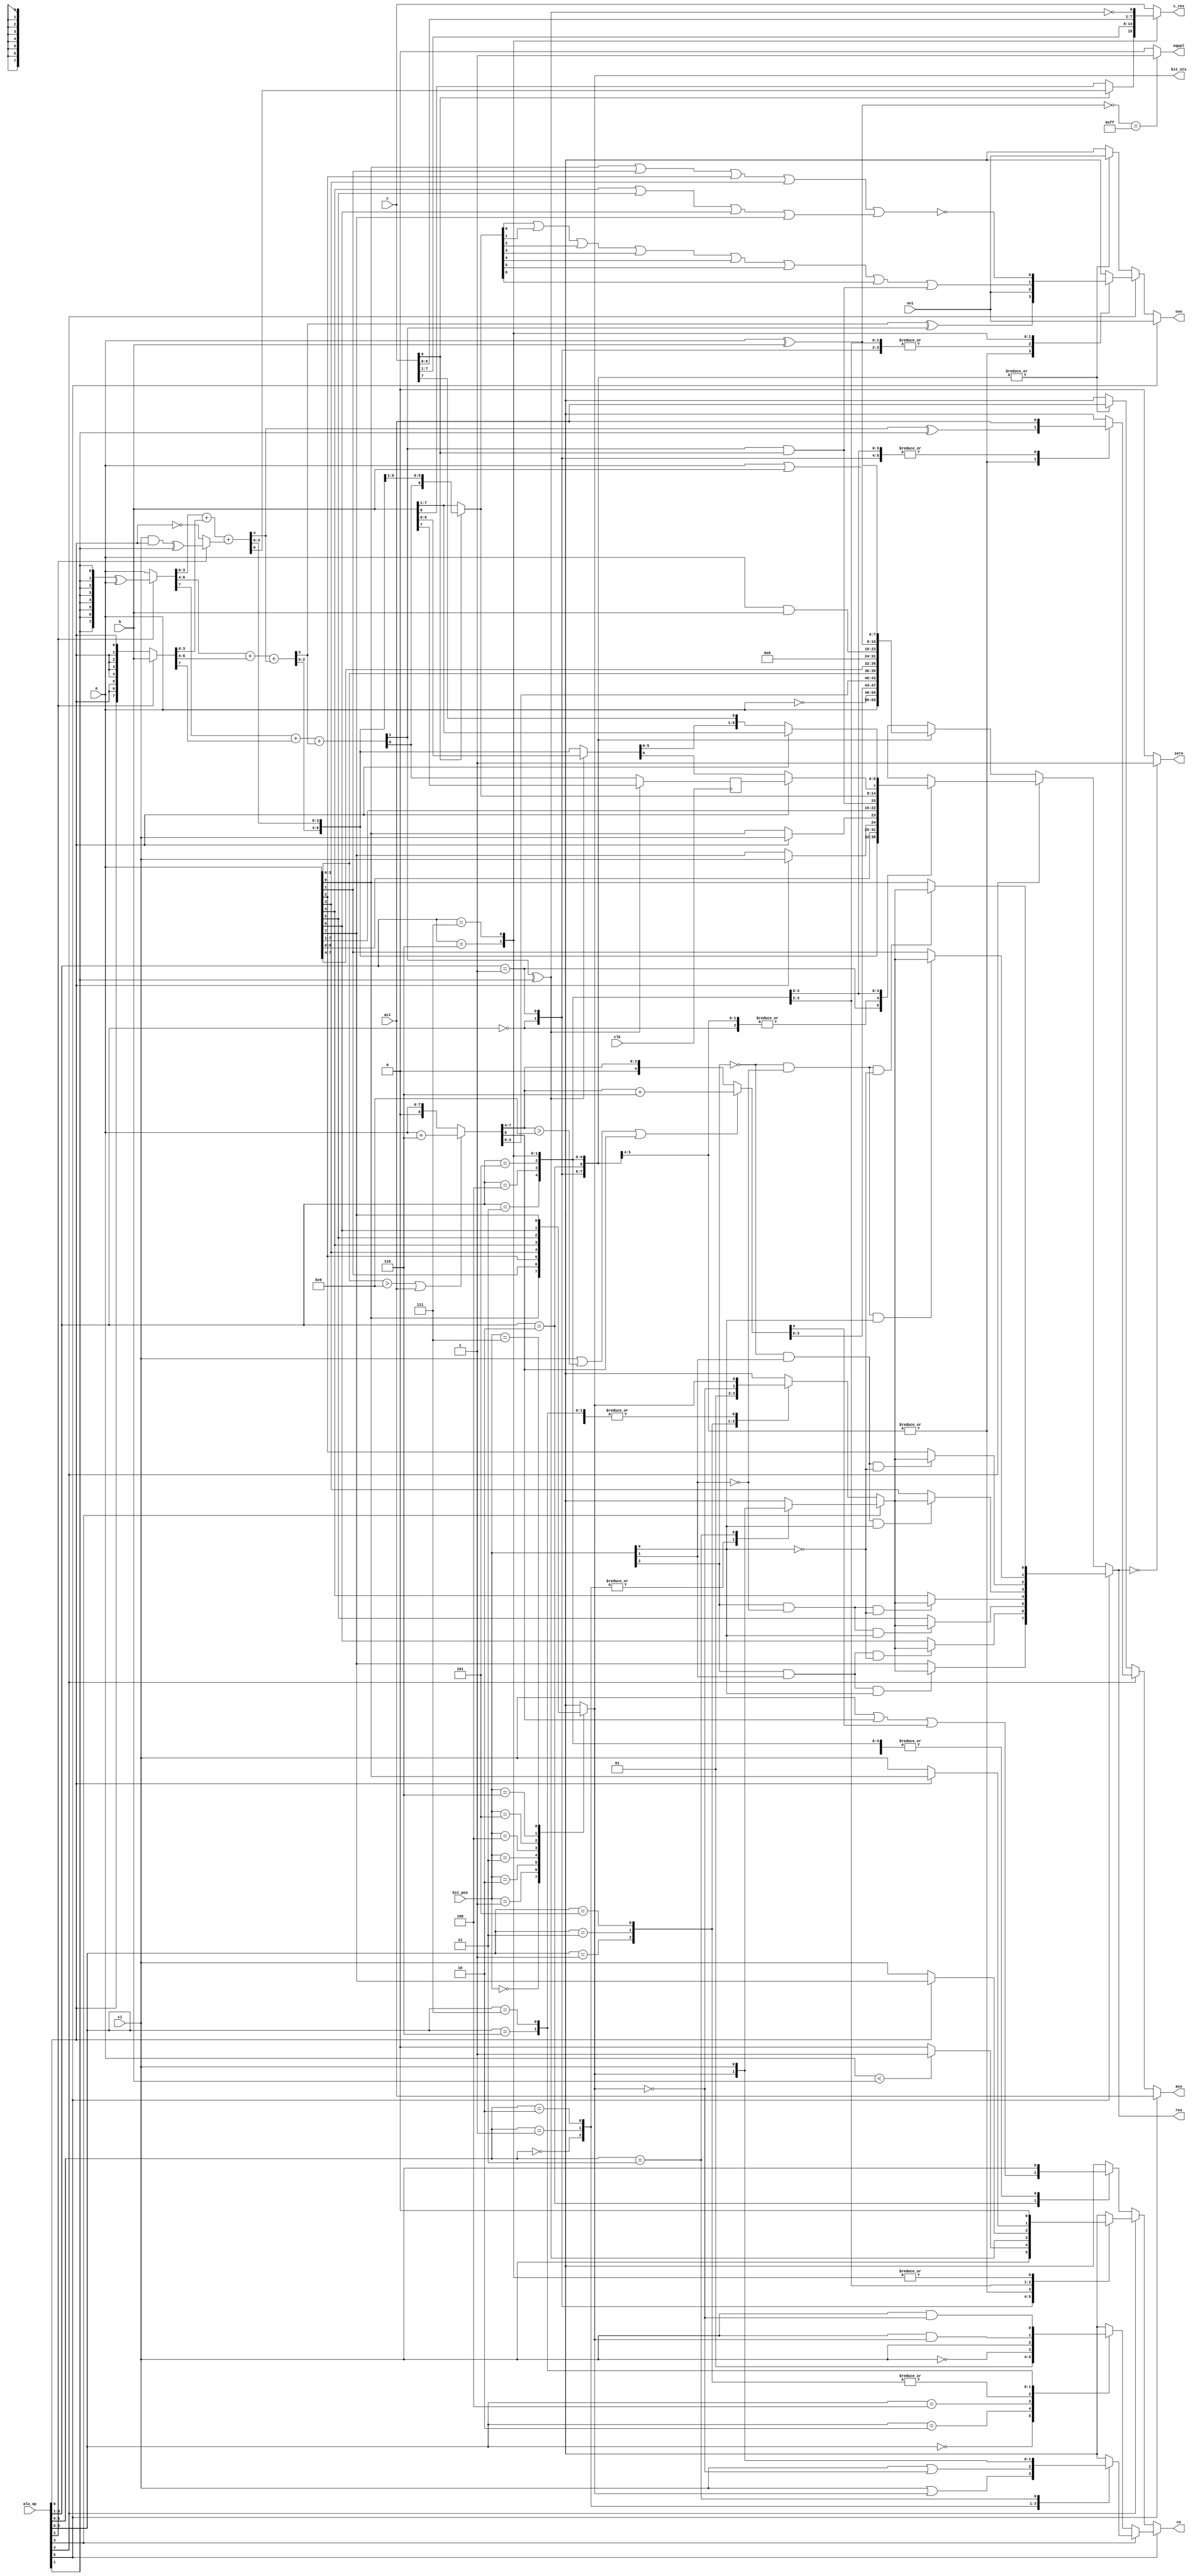
// $Id: DW8051_alu.v,v 1.1 1996/07/25 17:42:24 gina Exp $
//------------------------------------------------------------------------------
//
//        This confidential and proprietary software may be used only
//     as authorized by a licensing agreement from Synopsys Inc.
//     In the event of publication, the following notice is applicable:
//
//                    (C) COPYRIGHT 1996   SYNOPSYS INC.
//                          ALL RIGHTS RESERVED
//
//        The entire notice above must be reproduced on all authorized
//        copies.
//
//
//
// ABSTRACT: DW8051 arithmetic logic unit (Verilog version)
//
// MODIFICATION HISTORY:
//	L.Rieder	28.05.96	Verilog version created
//
//      Gina Ngo        11.20.96        Fixed star 38722: added header
//	Bala Needamangalam
//			May 20,98	Converted GTECH instantiations to HDL.
//                      July 20,1999    Removed all DesignWare-Foundation 
//                                      license checkout commands.
//------------------------------------------------------------------------------


module DW8051_alu (clk,
                   a,			// a input
                   b,			// b input
                   c,			// c input
                   ci,			// carry in (CY)
                   aci,			// aux carry in (AC)
                   ovi,			// overflow in (CY)
                   res,			// result
                   c_res,		// result from input c
                   co,			// carry out (CY)
                   aco,			// aux carry out(AC)
                   ovo,			// overflow out (OV)
                   zero,		// result zero
                   equal,		// a=b
                   bit_sts,		// status of sel. bit
                   bit_pos,		// bit position (bit op)
                   alu_op               // alu operation
		   );		

 input clk;
 input [7:0] a;
 input [7:0] b;
 input [7:0] c;
 input ci;
 input aci;
 input ovi;
 output [7:0] res;
 output [7:0] c_res;
 output co;
 output aco;
 output ovo;
 output zero;
 output equal;
 output bit_sts;
 input [2:0] bit_pos;
 input [5:0] alu_op;

//------------------------------------------------------------------------------
//                             DESCRIPTION
//------------------------------------------------------------------------------
//
// alu_op codes:
//
// bit 5 4 3 2 1 0      Operation
// ------------------------------------------------
//     0 0 0 0 0 0      Transparent
//     0 0 0 0 0 1
//     0 0 0 0 1 0      CPL
//     0 0 0 0 1 1
//     0 0 0 1 0 0      DA
//     0 0 0 1 0 1
//     0 0 0 1 1 0      SWAP
//     0 0 0 1 1 1
//     0 0 1 0 0 0      CLR
//     0 0 1 0 0 1
//     0 0 1 0 1 0      ANL
//     0 0 1 0 1 1
//     0 0 1 1 0 0      ORL
//     0 0 1 1 0 1
//     0 0 1 1 1 0      XRL
//     0 0 1 1 1 1
//     0 1 0 0 0 0      INC
//     0 1 0 0 0 1      DEC
//     0 1 0 0 1 0      CMP
//     0 1 0 0 1 1
//     0 1 0 1 0 0      ADD
//     0 1 0 1 0 1      ADDC
//     0 1 0 1 1 0      SUB
//     0 1 0 1 1 1      SUBB
//     0 1 1 0 0 0      RL
//     0 1 1 0 0 1      RLC
//     0 1 1 0 1 0      RR
//     0 1 1 0 1 1      RRC
//     0 1 1 1 0 0      MUL (based on ADD)
//     0 1 1 1 0 1
//     0 1 1 1 1 0      DIV (based on SUB)
//     0 1 1 1 1 1      DIV shift right
//     --------------------
//     1 x 0 0 0 0      CLR C
//     1 x 0 0 0 1      CLR bit
//     1 x 0 0 1 0      SETB C
//     1 x 0 0 1 1      SETB bit
//     1 x 0 1 0 0      CPL C
//     1 x 0 1 0 1      CPL bit
//     1 x 0 1 1 0      ANL C,bit
//     1 x 0 1 1 1      ANL C,/bit
//     1 x 1 x 0 0      ORL C,bit
//     1 x 1 x 0 1      ORL C,/bit
//     1 x 1 x 1 0      MOV C,bit
//     1 x 1 x 1 1      MOV bit,C
//
//------------------------------------------------------------------------------

wire clk;
wire [7:0] a;
wire [7:0] b;
wire [7:0] c;
wire ci;
wire aci;
wire ovi;
wire [2:0] bit_pos;
wire [5:0] alu_op;
wire [7:0] res;
reg [7:0] c_res;
wire co;
wire aco;
wire ovo;
wire zero;
wire equal;
wire bit_sts;


//---------------
// local signals:
//---------------
wire alu_op0_n;
 
wire [7:0] cpl_res;
wire cpl_ac;
wire cpl_co;
wire cpl_ov;
 
wire [7:0] da_res;
wire da_ac;
wire da_co;
wire da_ov;
wire da_greater9_l;
wire da_add_06;
wire da_add_60;
wire da_greater9_h;
wire da_12,da_56;
wire [7:0] da_add_0;
wire [3:0] da_add_1;
wire [8:0] da_carry_0;
wire [4:0] da_carry_1;
wire [7:0] da_add_res_0;
wire [3:0] da_add_res_1;
 
wire [7:0] swap_res;
wire swap_ac;
wire swap_co;
wire swap_ov;
 
wire [7:0] clr_res;
wire clr_ac;
wire clr_co;
wire clr_ov;
 
wire [7:0] anl_res;
wire anl_ac;
wire anl_co;
wire anl_ov;
 
wire [7:0] orl_res;
wire orl_ac;
wire orl_co;
wire orl_ov;
 
wire [7:0] xrl_res;
wire xrl_ac;
wire xrl_co;
wire xrl_ov;
 
// wire for adder/subtractor (ADD,ADDC,SUBB):
wire as_ci;
wire as_carry0;
wire [8:0] asid_carry;
wire [7:0] as_a;			// a for add, not a for sub
wire [7:0] as_b;			// B for add, not B for sub
wire [7:0] asid_a;
wire [7:0] asid_b;
wire [7:0] asid_res;
wire as_ac;
wire as_co;
wire as_ov;
 
wire [7:0] aeqb;
wire [7:0] lt1;
wire [7:0] lt2;
wire [8:0] lt;
wire cmp_ac;
wire cmp_co;
wire cmp_ov;
 
wire [7:0] mul_res;
wire [7:0] mul_c_res;
wire mul_ac;
wire mul_co;
wire mul_ov_l;
wire mul_ov_h;
wire mul_ov;
 
wire [8:0] div_t_res;
wire [7:0] div_res;
reg div_res8;
wire div_res8_n;
wire [7:0] div_c_res;
wire div_ac;
wire div_co;
wire div_ov_l;
wire div_ov_h;
wire div_ov;
 
wire [7:0] rl_res;
wire rl_ac;
wire rl_co;
wire rl_ov;
 
wire [7:0] rr_res;
wire rr_ac;
wire rr_co;
wire rr_ov;
 
reg [7:0] lo_res;
reg [7:0] hi_res;
reg lo_ac;
reg hi_ac;
reg lo_co;
reg hi_co;
reg lo_ov;
reg hi_ov;
wire [7:0] arith_res;
wire arith_ac;
wire arith_ov;
wire arith_co;
 
wire bit_pos_0n;
wire bit_pos_1n;
wire bit_pos_2n;
wire [7:0] bit_mask;
reg sel_bit;				// selected bit
wire mod_bit;				// modified bit
reg mod_bit_l;
reg mod_bit_h;
wire bit_co;
reg bit_co_l;
reg bit_co_h;
wire [7:0] bit_res;			// result of bit op
 
wire clrc_co;
wire clrc_bit;
wire clrb_co;
wire clrb_bit;
wire setbc_co;
wire setbc_bit;
wire setbb_co;
wire setbb_bit;
wire cplc_co;
wire cplc_bit;
wire cplb_co;
wire cplb_bit;
wire anlcb_co;
wire anlcb_bit;
wire anlcbn_co;
wire anlcbn_bit;
wire orlcb_co;
wire orlcb_bit;
wire orlcbn_co;
wire orlcbn_bit;
wire movcb_co;
wire movcb_bit;
wire movbc_co;
wire movbc_bit;
 
wire [7:0] tmp_res;
 
wire [7:0] bit_co_vector_l;
wire [3:0] bit_co_vector_h;
wire [7:0] mod_bit_vector_l;
wire [3:0] mod_bit_vector_h;
wire [7:0] ac_vector_l;
wire [7:0] ac_vector_h;
wire [7:0] co_vector_l;
wire [7:0] co_vector_h;
wire [7:0] ov_vector_l;
wire [7:0] ov_vector_h;
//------------------------------------------------------------------------------

// alu_op inversions needed later:
assign alu_op0_n = ~alu_op[0];


//-----
// CPL:
//-----
  assign cpl_res = ~a;
  assign  cpl_ac  = aci; // no flags affected:
  assign  cpl_co  = ci;
  assign  cpl_ov  = ovi;



//----
// DA:
//----
		// Straight implementation of the DA instruction description
		// in the Intel 8051 User's Manual.
  assign  {da_carry_0[8],da_add_res_0[7:0]} = 
	     ((a[3:0] > 9) || (aci == 1)) ? (a[7:0] + 8'h06) :
			                     a[7:0];
  assign {da_carry_1[4],da_add_res_1[3:0]} = 
  	     ((ci == 1) || 
	      (da_add_res_0[7:4] > 9) ||
	      (da_carry_0[8] == 1)) ? (da_add_res_0[7:4] + 4'h6): 
				       da_add_res_0[7:4];

  assign  da_res  = {da_add_res_1[3:0], da_add_res_0[3:0]};

  // flags: co affected, ac,ov not affected:
  assign  da_ac  = aci;
  assign da_co = ci | da_carry_0[8] | da_carry_1[4] ;
  assign  da_ov  = ovi;



//------
// SWAP:
//------
  assign swap_res[3:0] = a[7:4];
  assign swap_res[7:4] = a[3:0];
  // no flags affected:
  assign  swap_ac  = aci;
  assign  swap_co  = ci;
  assign  swap_ov  = ovi;


//-----
// CLR:
//-----
  assign  clr_res  = 'b0;

  // no flags affected:
  assign  clr_ac  = aci;
  assign  clr_co  = ci;
  assign  clr_ov  = ovi;



//-----------
// ANL (AND):
//-----------
  assign anl_res = a & b;
  // no flags affected:
  assign  anl_ac  = aci;
  assign  anl_co  = ci;
  assign  anl_ov  = ovi;



//----------
// ORL (OR):
//----------
 assign orl_res = a | b;
  // no flags affected:
  assign  orl_ac  = aci;
  assign  orl_co  = ci;
  assign  orl_ov  = ovi;



//-----------
// XRL (XOR):
//-----------
  assign xrl_res = a ^ b;
  // no flags affected:
  assign  xrl_ac  = aci;
  assign  xrl_co  = ci;
  assign  xrl_ov  = ovi;


//-----------------------------------------
// ADD,ADDC,SUBB,INC and DEC is implemented
// as a mix of DW01_addsub(rpl) and
// DW01_incdec(rpl):
//-----------------------------------------
  // alu_op(0) determines if addition with/without carry:
  assign as_ci = ci & alu_op[0];

  // alu_op(1) determines if addition/subtraction:
  assign as_carry0 = as_ci ^ alu_op[1];

  // if (inc/dec) then asid_carry=1(inc), asid_carry=0(dec)
  // else asid_carry=as_carry
  assign asid_carry[0] = (alu_op[2]) ? as_carry0 : alu_op0_n; 

  // ci is active high
  // asid_carry is active low  inside carry chain for subtraction
  // asid_carry is active high inside carry chain for addition
  assign as_a = {alu_op[1],alu_op[1],alu_op[1],alu_op[1],
		 alu_op[1],alu_op[1],alu_op[1],alu_op[1]} ^ a ;
  assign asid_a = (alu_op[2]) ? as_a : a;
  assign asid_b = (alu_op[2] )? b : ({alu_op[0],alu_op[0], 
				      alu_op[0],alu_op[0], 
				      alu_op[0],alu_op[0], 
				      alu_op[0],alu_op[0]});
  assign {asid_carry[4],asid_res[3:0]} = asid_a[3:0] + asid_b[3:0] + 
					{3'b000,asid_carry[0]};
  assign {asid_carry[7],asid_res[6:4]} = asid_a[6:4] + asid_b[6:4] + 
					{2'b00,asid_carry[4]};
  assign {asid_carry[8],asid_res[7]} = asid_a[7] + asid_b[7] + asid_carry[7];


  // flags: ac, co and ov affected
  // carry out is always active high:
  assign as_ac = asid_carry[4] ^ alu_op[1];
  assign as_co = asid_carry[8] ^ alu_op[1];
  assign as_ov = asid_carry[7] ^ asid_carry[8];

//-----
// CMP:
//-----
//  assign lt[0] = 0;
  assign aeqb = ~(a ^ b);
//  assign lt1 = a | ~b ;
//  assign lt2 = ~(aeqb & lt);
//  assign lt[8:1] = ~(lt1[7:0] & lt2[7:0]);
  // flags: carry affected, ac,ov unchanged
  assign  cmp_ac  = aci;
//  assign  cmp_co  = lt [8];
  assign  cmp_co  = (a < b) ? 1 : 0;
  assign  cmp_ov  = ovi;




//-----
// MUL:
//-----
  // product (16 bit) is build of b & c:
  // if c(0) = 1 then shift right result of ADD,
  // else shift rigth input
  assign mul_res[6:0] = (c[0] == 0) ? b[7:1] : asid_res[7:1];
  // lower 8 bits:
  assign mul_c_res [6:0] = c[7:1];
  assign mul_res[7] = asid_carry[8] & c[0];
  assign mul_c_res[7] = (c[0] == 0) ? b[0] : asid_res[0];
  
  // flags: carry always cleared, ov affected, ac unchanged
  assign  mul_ac  = aci;
  assign  mul_co  = 0;
  // ov is set if result > 255
  assign mul_ov = mul_res[0] | mul_res[1] | mul_res[2] | mul_res[3] |
		  mul_res[4] | mul_res[5] | mul_res[6] | mul_res[7];



//-----
// DIV:
//-----
  // remainder (16 bit) is build of b&c:
  assign div_t_res[7:1] = (as_co == 0) ? asid_res[6:0] : b [6:0];
  assign div_c_res [7:1] = c[6:0];

  // save upper bit:
  assign div_t_res[8] = (as_co == 0) ? asid_res[7] : b[7];

  always @(posedge clk) 
    div_res8 <= div_t_res[8];
  assign div_res8_n = ~div_res8;

  assign  div_t_res [0] = c [7];

  assign div_c_res[0] = ~as_co;

  // if alu_op(0) = 1 then shift b right 1 bit:
  assign div_res[6:0] = (alu_op[0] == 0) ? div_t_res[6:0] : b[7:1];

  // msb bit is taken from saved bit:
  assign div_res[7] = (alu_op[0] == 0) ? div_t_res[7] : div_res8;


  // flags: carry always cleared, ov affected, ac unchanged
  assign  div_ac  = aci;
  assign  div_co  = 0;
  // ov is set if a=0:

  assign div_ov = ~((a[0] | a[1] | a[2] | a[3]) | (a[4] | a[5] | a[6] | a[7]));


//---------
// RL, RLC:
//---------
  // handle RL/RLC:
  // if (RLC) then rl_res(0)=ci else rl_res(0)=a(7)
  assign  rl_res [0] = (alu_op[0] == 0) ? a[7] : ci;
  assign  rl_res[7:1] = a[6:0];

  // flags: only co affected for RLC
  assign  rl_ac  = aci;
  // if (RLC) then rl_co=a(7)   else rl_co=ci
  assign rl_co = (alu_op[0] == 0) ? ci : a[7];
  assign  rl_ov  = ovi;



//---------
// RR, RRC:
//---------
  // handle RR/RRC:
  // if (RRC) then rr_res(7)=ci else rr_res(7)=a(0)
  assign  rr_res [7] = (alu_op[0] == 0) ? a[0] : ci;
  assign  rr_res [6:0] = a[7:1];

  // flags: only co affected for RRC
  assign  rr_ac  = aci;
  // if (RRC) then rr_co=a(0) else rr_co=ci
  assign rr_co = (alu_op[0] == 0) ? ci : a[0];
  assign  rr_ov  = ovi;



//***************************************************************************
//              B I T   O P E R A T I O N S
//***************************************************************************
 
  // bit pos decoder:
    assign bit_pos_0n = ~ bit_pos[0];
    assign bit_pos_1n = ~ bit_pos[1];
    assign bit_pos_2n = ~ bit_pos[2];
    assign bit_mask[0] = bit_pos_2n & bit_pos_1n & bit_pos_0n;
    assign bit_mask[1] = bit_pos_2n & bit_pos_1n & bit_pos[0];
    assign bit_mask[2] = bit_pos_2n & bit_pos[1] & bit_pos_0n;
    assign bit_mask[3] = bit_pos_2n & bit_pos[1] & bit_pos[0];
    assign bit_mask[4] = bit_pos[2] & bit_pos_1n & bit_pos_0n;
    assign bit_mask[5] = bit_pos[2] & bit_pos_1n & bit_pos[0];
    assign bit_mask[6] = bit_pos[2] & bit_pos[1] & bit_pos_0n;
    assign bit_mask[7] = bit_pos[2] & bit_pos[1] & bit_pos[0];

  // get bit to change:
  always @(bit_pos or a)
    case (bit_pos[2:0])	
      3'h0:  sel_bit <= a[0];
      3'h1:  sel_bit <= a[1];
      3'h2:  sel_bit <= a[2];
      3'h3:  sel_bit <= a[3];
      3'h4:  sel_bit <= a[4];
      3'h5:  sel_bit <= a[5];
      3'h6:  sel_bit <= a[6];
      3'h7:  sel_bit <= a[7];
      default: begin end
    endcase

  // change selected bit only:

  assign bit_res[7] = (bit_mask[7] == 0) ? a[7] : mod_bit;
  assign bit_res[6] = (bit_mask[6] == 0) ? a[6] : mod_bit;
  assign bit_res[5] = (bit_mask[5] == 0) ? a[5] : mod_bit;
  assign bit_res[4] = (bit_mask[4] == 0) ? a[4] : mod_bit;
  assign bit_res[3] = (bit_mask[3] == 0) ? a[3] : mod_bit;
  assign bit_res[2] = (bit_mask[2] == 0) ? a[2] : mod_bit;
  assign bit_res[1] = (bit_mask[1] == 0) ? a[1] : mod_bit;
  assign bit_res[0] = (bit_mask[0] == 0) ? a[0] : mod_bit;



//-------
// CLR C:
//-------
  assign  clrc_co  = 0;
  assign  clrc_bit = sel_bit;


//---------
// CLR bit:
//---------
   assign  clrb_co  = ci;
   assign  clrb_bit = 0;


//--------
// SETB C:
//--------
  assign  setbc_co  = 1;
  assign  setbc_bit = sel_bit;


//----------
// SETB bit:
//----------
  assign  setbb_co  = ci;
  assign  setbb_bit = 1;


//-------
// CPL C:
//-------
  assign cplc_co = ~ci;
  assign  cplc_bit  = sel_bit;


//---------
// CPL bit:
//---------
  assign  cplb_co  = ci;
  assign cplb_bit = ~sel_bit;


//-----------
// ANL C,bit:
//-----------
  assign anlcb_co = ci & sel_bit;
  assign  anlcb_bit  = sel_bit;


//-----------
// ANL C,/bit:
//-----------
  assign  anlcbn_co  = ci & ~sel_bit;
  assign  anlcbn_bit  = sel_bit;


//-----------
// ORL C,bit:
//-----------
  assign  orlcb_co = ci | sel_bit;
  assign  orlcb_bit  = sel_bit;


//------------
// ORL C,/bit:
//------------
  assign  orlcbn_co = ci | ~sel_bit;
  assign  orlcbn_bit  = sel_bit;


//-----------
// MOV C,bit:
//-----------
  assign  movcb_co  = sel_bit;
  assign  movcb_bit = sel_bit;


//-----------
// MOV bit,C:
//-----------
 assign  movbc_co  = ci;
 assign  movbc_bit = ci;



//***************************************************************************
//              O U T P U T     M U X
//***************************************************************************
 
  // Bit operations output mux:
  always @(alu_op or clrc_co or clrb_co or setbc_co or setbb_co or
		     cplc_co or cplb_co or anlcb_co or anlcbn_co) 
      case (alu_op[2:0])	
	3'h0: bit_co_l <= clrc_co;
	3'h1: bit_co_l <= clrb_co;
	3'h2: bit_co_l <= setbc_co;
	3'h3: bit_co_l <= setbb_co;
	3'h4: bit_co_l <= cplc_co;
	3'h5: bit_co_l <= cplb_co;
	3'h6: bit_co_l <= anlcb_co;
	3'h7: bit_co_l <= anlcbn_co;
        default: begin end
      endcase

  // higher is not fully decoded:
  always @(alu_op or orlcb_co or orlcbn_co or movcb_co or movbc_co)
      case (alu_op[1:0])	
	3'h0:  bit_co_h <= orlcb_co;
	3'h1:  bit_co_h <= orlcbn_co;
	3'h2:  bit_co_h <= movcb_co;
	3'h3:  bit_co_h <= movbc_co;
        default: begin end
      endcase

  assign bit_co = (alu_op[3] == 0) ? bit_co_l : bit_co_h;

  always @(alu_op or clrc_bit or clrb_bit or setbc_bit or setbb_bit or
		     cplc_bit or cplb_bit or anlcb_bit or anlcbn_bit) 
      case (alu_op[2:0])	
	3'h0: mod_bit_l <= clrc_bit;
	3'h1: mod_bit_l <= clrb_bit;
	3'h2: mod_bit_l <= setbc_bit;
	3'h3: mod_bit_l <= setbb_bit;
	3'h4: mod_bit_l <= cplc_bit;
	3'h5: mod_bit_l <= cplb_bit;
	3'h6: mod_bit_l <= anlcb_bit;
	3'h7: mod_bit_l <= anlcbn_bit;
        default: begin end
      endcase

  always @(alu_op or orlcb_bit or orlcbn_bit or movcb_bit or movbc_bit)
      case (alu_op[1:0])	
	3'h0:  mod_bit_h <= orlcb_bit;
	3'h1:  mod_bit_h <= orlcbn_bit;
	3'h2:  mod_bit_h <= movcb_bit;
	3'h3:  mod_bit_h <= movbc_bit;
        default: begin end
      endcase

  assign mod_bit = (alu_op[3] == 0) ? mod_bit_l : mod_bit_h;

//--------------
// muxes for res:
//--------------
  always @(alu_op or a or cpl_res or da_res or swap_res or clr_res or
		     anl_res or orl_res or xrl_res)
    case (alu_op[3:1])	
      3'h0: lo_res <= a;
      3'h1: lo_res <= cpl_res;
      3'h2: lo_res <= da_res;
      3'h3: lo_res <= swap_res;
      3'h4: lo_res <= clr_res;
      3'h5: lo_res <= anl_res;
      3'h6: lo_res <= orl_res;
      3'h7: lo_res <= xrl_res;
      default: begin end
    endcase

  always @(alu_op or asid_res or a or rl_res or rr_res or mul_res or div_res)
    case (alu_op[3:1])	
      3'h0: hi_res <= asid_res;
      3'h1: hi_res <= a;
      3'h2: hi_res <= asid_res;
      3'h3: hi_res <= asid_res;
      3'h4: hi_res <= rl_res;
      3'h5: hi_res <= rr_res;
      3'h6: hi_res <= mul_res;
      3'h7: hi_res <= div_res;
      default: begin end
    endcase

  assign arith_res = (alu_op[4] == 0) ? lo_res : hi_res;
  assign tmp_res = (alu_op[5] == 0) ? arith_res : bit_res;

  assign  res  = tmp_res;


//--------------
// muxes for ac
//--------------
  always @(alu_op or aci or cpl_ac or da_ac or swap_ac or clr_ac or
		     anl_ac or orl_ac or xrl_ac)
    case (alu_op[3:1])	
      3'h0: lo_ac <= aci;
      3'h1: lo_ac <= cpl_ac;
      3'h2: lo_ac <= da_ac;
      3'h3: lo_ac <= swap_ac;
      3'h4: lo_ac <= clr_ac;
      3'h5: lo_ac <= anl_ac;
      3'h6: lo_ac <= orl_ac;
      3'h7: lo_ac <= xrl_ac;
      default: begin end
    endcase

  always @(alu_op or aci or cmp_ac or as_ac or rl_ac or rr_ac or 
		     mul_ac or div_ac)
    case (alu_op[3:1])	
      3'h0: hi_ac <= aci;
      3'h1: hi_ac <= cmp_ac;
      3'h2: hi_ac <= as_ac;
      3'h3: hi_ac <= as_ac;
      3'h4: hi_ac <= rl_ac;
      3'h5: hi_ac <= rr_ac;
      3'h6: hi_ac <= mul_ac;
      3'h7: hi_ac <= div_ac;
      default: begin end
    endcase

  assign arith_ac = (alu_op[4] == 0) ? lo_ac : hi_ac;
  assign aco = (alu_op[5] == 0) ? arith_ac : aci;

//--------------
// muxes for co:
//--------------

  always @(alu_op or ci or cpl_co or da_co or swap_co or clr_co or
		     anl_co or orl_co or xrl_co)
    case (alu_op[3:1])	
      3'h0: lo_co <= ci;
      3'h1: lo_co <= cpl_co;
      3'h2: lo_co <= da_co;
      3'h3: lo_co <= swap_co;
      3'h4: lo_co <= clr_co;
      3'h5: lo_co <= anl_co;
      3'h6: lo_co <= orl_co;
      3'h7: lo_co <= xrl_co;
      default: begin end
    endcase

  always @(alu_op or ci or cmp_co or as_co or rl_co or rr_co or 
		     mul_co or div_co)
    case (alu_op[3:1])	
      3'h0: hi_co <= ci;
      3'h1: hi_co <= cmp_co;
      3'h2: hi_co <= as_co;
      3'h3: hi_co <= as_co;
      3'h4: hi_co <= rl_co;
      3'h5: hi_co <= rr_co;
      3'h6: hi_co <= mul_co;
      3'h7: hi_co <= div_co;
      default: begin end
    endcase


  assign arith_co = (alu_op[4] == 0) ? lo_co : hi_co;
  assign co = (alu_op[5] == 0) ? arith_co : bit_co;

//--------------
// muxes for ov:
//--------------

  always @(alu_op or ovi or cpl_ov or da_ov or swap_ov or clr_ov or
		     anl_ov or orl_ov or xrl_ov)
    case (alu_op[3:1])	
      3'h0: lo_ov <= ovi;
      3'h1: lo_ov <= cpl_ov;
      3'h2: lo_ov <= da_ov;
      3'h3: lo_ov <= swap_ov;
      3'h4: lo_ov <= clr_ov;
      3'h5: lo_ov <= anl_ov;
      3'h6: lo_ov <= orl_ov;
      3'h7: lo_ov <= xrl_ov;
      default: begin end
    endcase

  always @(alu_op or ovi or cmp_ov or as_ov or rl_ov or rr_ov or 
		     mul_ov or div_ov)
    case (alu_op[3:1])	
      3'h0: hi_ov <= ovi;
      3'h1: hi_ov <= cmp_ov;
      3'h2: hi_ov <= as_ov;
      3'h3: hi_ov <= as_ov;
      3'h4: hi_ov <= rl_ov;
      3'h5: hi_ov <= rr_ov;
      3'h6: hi_ov <= mul_ov;
      3'h7: hi_ov <= div_ov;
      default: begin end
    endcase

  assign arith_ov = (alu_op[4] == 0) ? lo_ov : hi_ov;
  assign ovo = (alu_op[5] == 0) ? arith_ov : ovi;


//---------------
// mux for c_res:
//---------------
  always @(alu_op or mul_c_res or div_c_res or c)
    case (alu_op[3:1])
      3'b110:  c_res <= mul_c_res;
      3'b111:  c_res <= div_c_res;
      default: c_res <= c;
    endcase

//----------------------
// Zero flag generation:
//----------------------

  assign zero = (tmp_res == 0) ? 1 : 0;


//-----------------------
// Equal flag generation:
//-----------------------

   assign equal = (aeqb == 8'hff) ? 1 : 0;


//-----------------------
// Bit status generation:
//-----------------------
  assign  bit_sts  = sel_bit;



endmodule